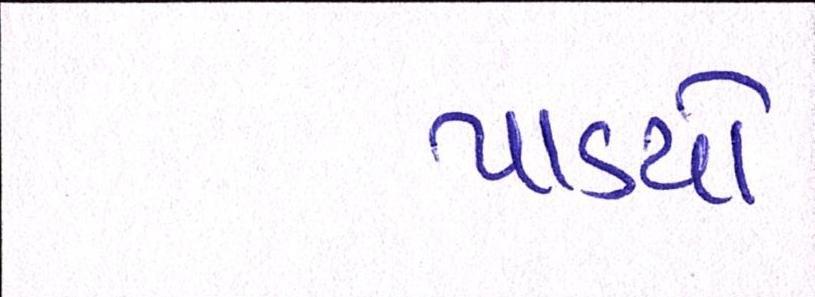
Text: પાડયો